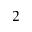
_ 2